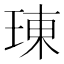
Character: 𤦪